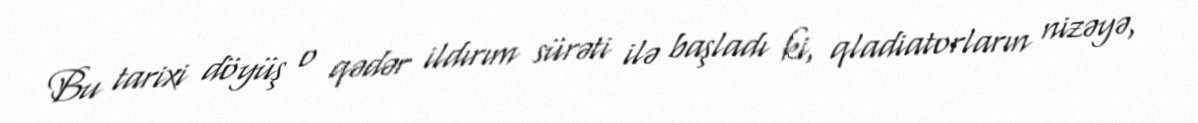
Bu tarixi döyüş o qədər ildırım sürəti ilə başladı ki, qladiatorların nizəyə,